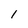
Character: l